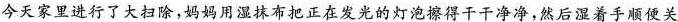
今天家里进行了大扫除，妈妈用湿抹布把正在发光的灯泡擦得干干净净，然后湿着手顺便关